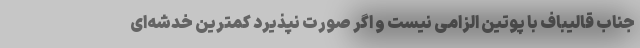
جناب قالیباف با پوتین الزامی ‌نیست و اگر صورت نپذیرد کمترین خدشه‌ای